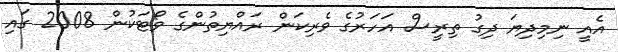
އެއީ ނިމިދިޔަ ދިގު ތިރީސް އަހަރުގެ ވެރިކަން ރައްޔިތުންގެ ވޯޓަކުން 2008 ގައި